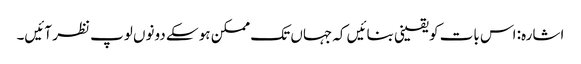
اشارہ: اس بات کو یقینی بنائیں کہ جہاں تک ممکن ہو سکے دونوں لوپ نظر آئیں۔